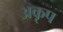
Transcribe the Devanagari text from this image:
अकृप